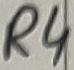
Text: R4